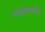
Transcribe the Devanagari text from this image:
वंशोत्पत्ति